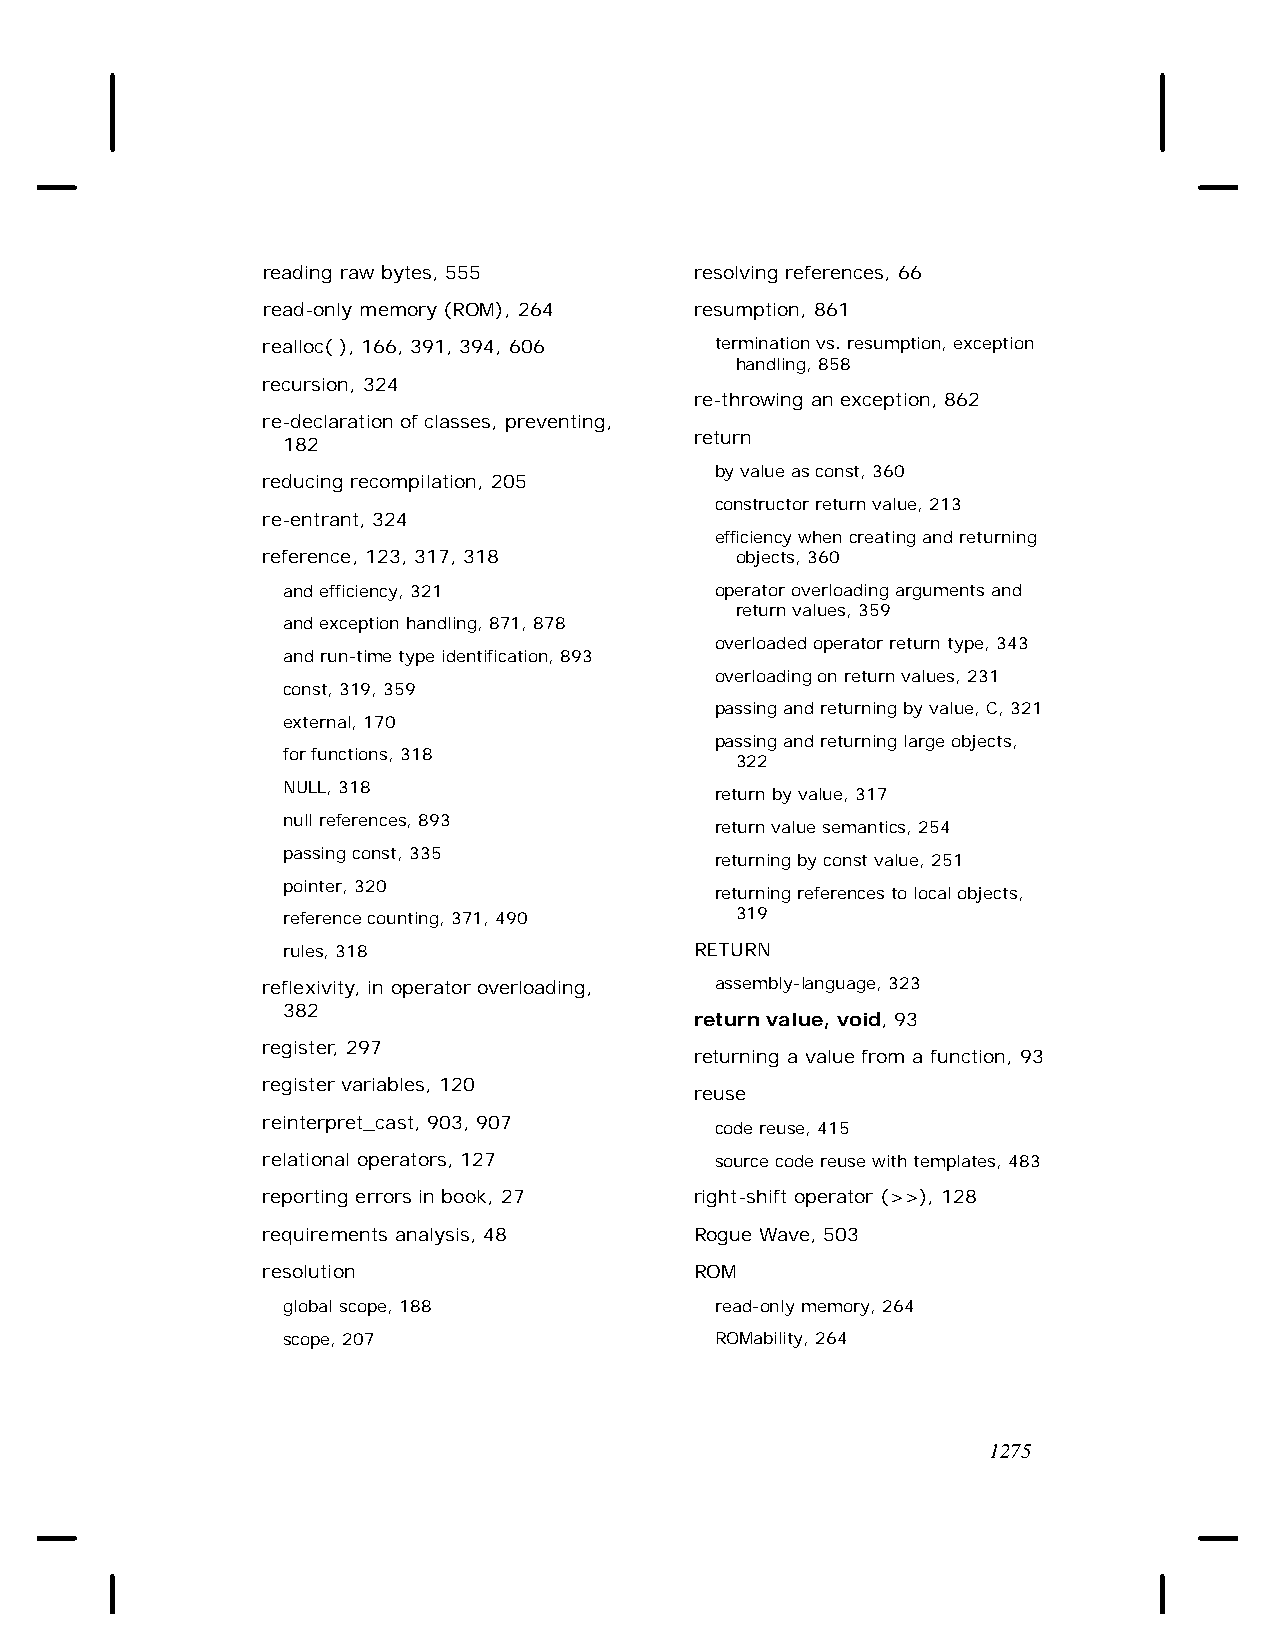
reading raw bytes, 555       resolving references, 66
 read-only memory (ROM), 264  resumption, 861
 realloc( ), 166, 391, 394, 606 termination vs. resumption, exception
 handling, 858
 recursion, 324
 re-throwing an exception, 862
 re-declaration of classes, preventing,
 return
 182
 by value as const, 360
 reducing recompilation, 205
 constructor return value, 213
 re-entrant, 324
 efficiency when creating and returning
 reference, 123, 317, 318        objects, 360
 and efficiency, 321         operator overloading arguments and
 return values, 359
 and exception handling, 871, 878
 overloaded operator return type, 343
 and run-time type identification, 893
 overloading on return values, 231
 const, 319, 359
 passing and returning by value, C, 321
 external, 170
 passing and returning large objects,
 for functions, 318
 322
 NULL, 318
 return by value, 317
 null references, 893
 return value semantics, 254
 passing const, 335
 returning by const value, 251
 pointer, 320
 returning references to local objects,
 reference counting, 371, 490  319
 rules, 318                 RETURN
 reflexivity, in operator overloading, assembly-language, 323
 382
 return value, void, 93
 register, 297
 returning a value from a function, 93
 register variables, 120
 reuse
 reinterpret_cast, 903, 907
 code reuse, 415
 relational operators, 127     source code reuse with templates, 483
 reporting errors in book, 27 right-shift operator (>>), 128
 requirements analysis, 48    Rogue Wave, 503
 resolution                   ROM
 global scope, 188           read-only memory, 264
 scope, 207                  ROMability, 264
 1275